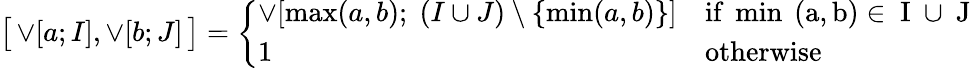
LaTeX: \bigl[\, \mathop{\vee}\! \left[a;I\right],\mathop{\vee}\! \left[b;J\right]\, \bigr]=\left\{ \begin{array}{ll}{\mathop{\vee}\! \left[\operatorname*{max}(a,b);\; (I\cup J)\setminus\left\lbrace\operatorname*{min}(a,b)\right\rbrace\right]}&{\mathrm{if~\operatorname*{min}~(a,b)\in~I~\cup~J~}}\\ {1}&{\mathrm{otherwise}}\end{array}\right.